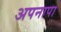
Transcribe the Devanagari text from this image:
अपनापा